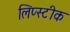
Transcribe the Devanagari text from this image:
लिप्स्टीक